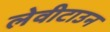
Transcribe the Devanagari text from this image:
लेवीटाउन